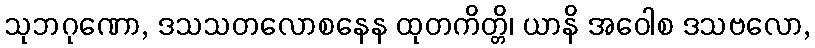
သုဘဂုဏော, ဒသသတလောစနေန ထုတကိတ္တိ၊ ယာနိ အဝေါစ ဒသဗလော,